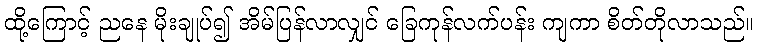
ထို့ကြောင့် ညနေ မိုးချုပ်၍ အိမ်ပြန်လာလျှင် ခြေကုန်လက်ပန်း ကျကာ စိတ်တိုလာသည်။